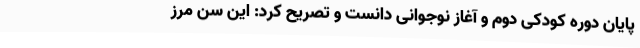
پایان دوره کودکی دوم و آغاز نوجوانی دانست و تصریح کرد: این سن مرز